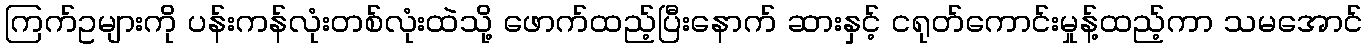
ကြက်ဥများကို ပန်းကန်လုံးတစ်လုံးထဲသို့ ဖောက်ထည့်ပြီးနောက် ဆားနှင့် ငရုတ်ကောင်းမှုန့်ထည့်ကာ သမအောင်